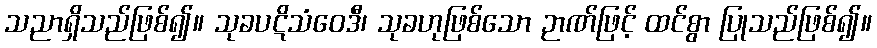
သညာရှိသည်ဖြစ်၍။ သုခပဋိသံဝေဒီ၊ သုခဟုဖြစ်သော ဉာဏ်ဖြင့် ထင်စွာ ပြုသည်ဖြစ်၍။